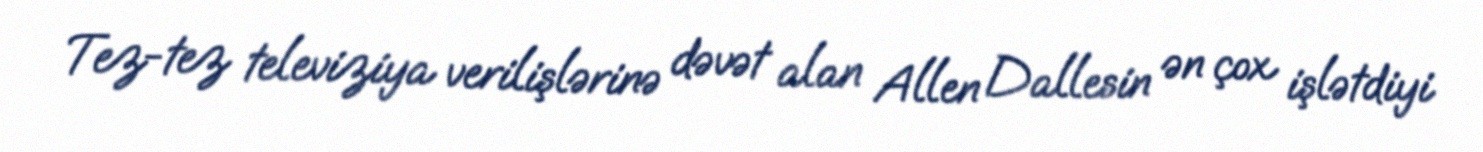
Tez-tez televiziya verilişlərinə dəvət alan Allen Dallesin ən çox işlətdiyi